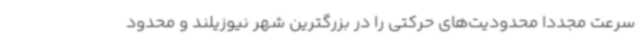
سرعت مجدداً محدودیت‌های حرکتی را در بزرگترین شهر نیوزیلند و محدود